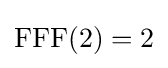
{\text{FFF}}(2)=2